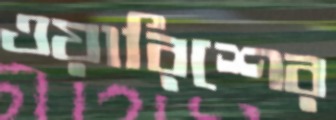
ওয়ারিশের